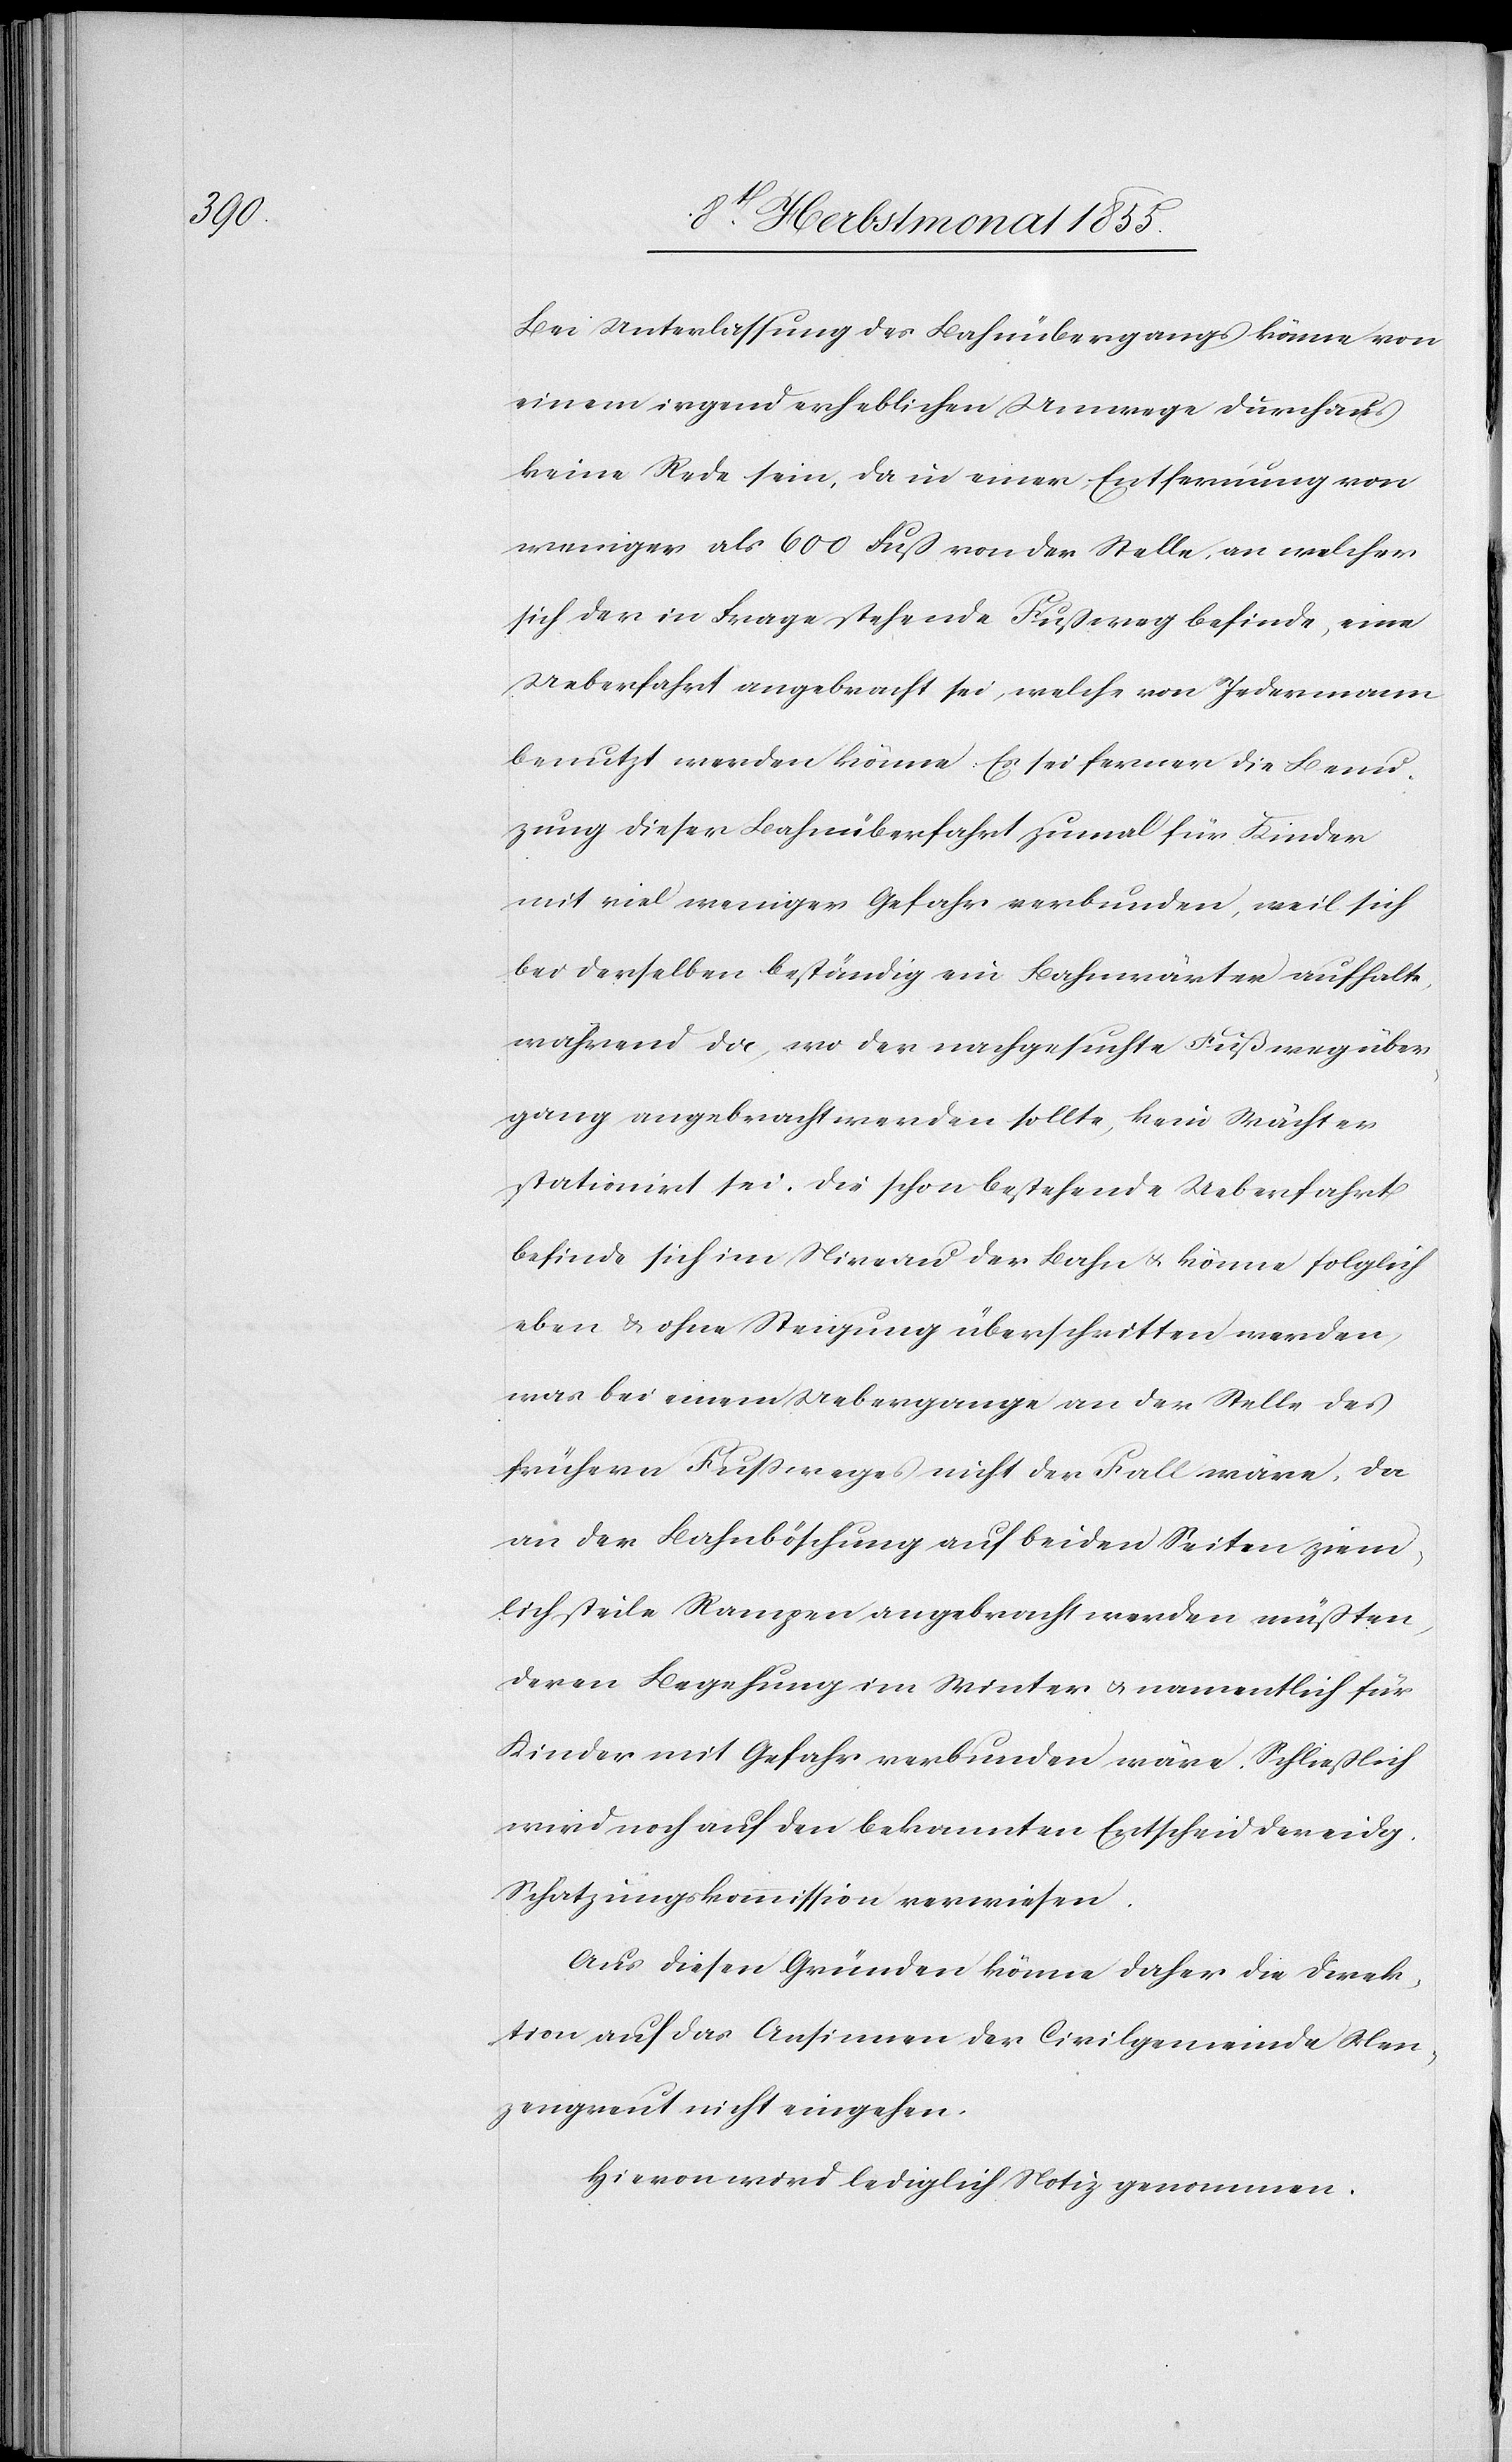
Bei Unterlassung des Bahnübergangs könne von
einem irgend erheblichen Umwege durchaus
keine Rede sein, da in einer Entfernung von
weniger als 600 Fuß von der Stelle, an welcher
sich der in Frage stehende Fußweg befinde, eine
Ueberfahrt angebracht sei, welche von Jedermann
benutzt werden könne. Es sei ferner die Benu¬
zung dieser Bahnüberfahrt zumal für Kinder
mit viel weniger Gefahr verbunden, weil sich
bei derselben beständig ein Bahnwärter aufhalte,
während da, wo der nachgesuchte Fußwegüber¬
gang angebracht werden sollte, kein Wächter
stationirt sei. Die schon bestehende Ueberfahrt
befinde sich im Niveau der Bahn & könne folglich
eben & ohne Steigung überschritten werden,
was bei einem Uebergange an der Stelle des
frühern Fußweges nicht der Fall wäre, da
an der Bahnböschung auf beiden Seiten ziem¬
lich steile Rampen angebracht werden müßten,
deren Begehung im Winter & namentlich für
Kinder mit Gefahr verbunden wäre. Schließlich
wird noch auf den bekannten Entscheid der eidg.
Schatzungskommission verwiesen.
Aus diesen Gründen könne daher die Direk¬
tion auf das Ansinnen der Civilgemeinde Men¬
zengreut nicht eingehen.
Hievon wird lediglich Notiz genommen.